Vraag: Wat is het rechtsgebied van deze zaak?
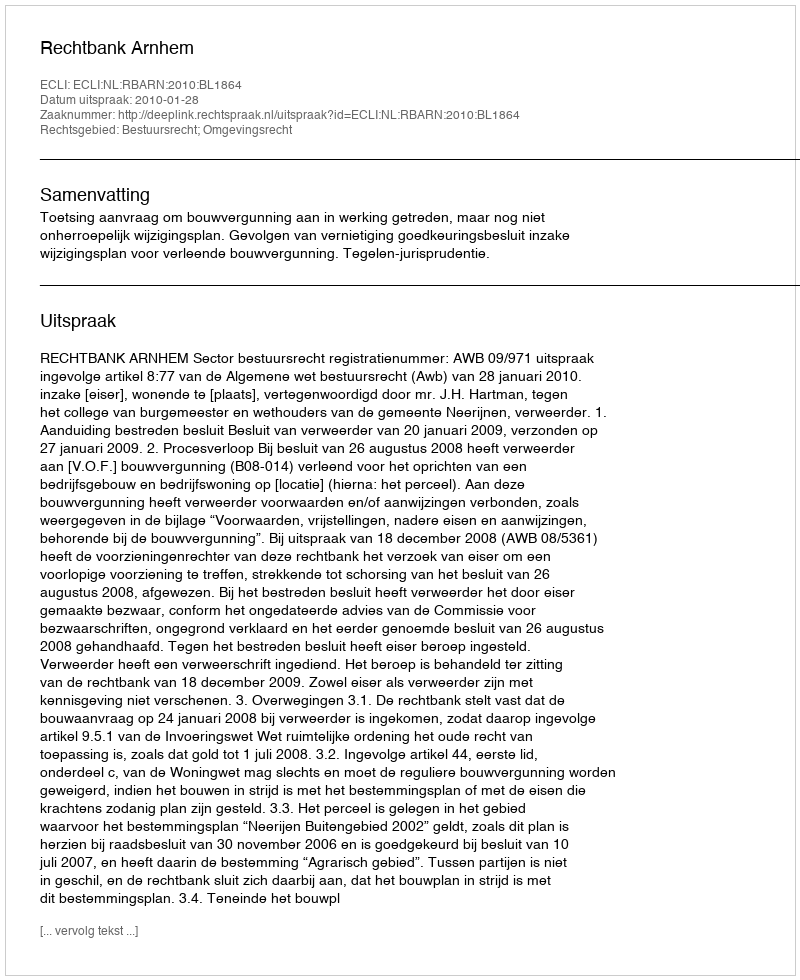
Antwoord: Bestuursrecht; Omgevingsrecht